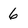
Character: 6